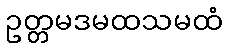
ဥတ္တမဒမထသမထံ